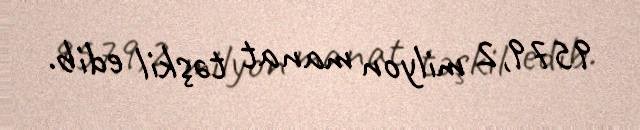
9579,2 milyon manat təşkil edib.